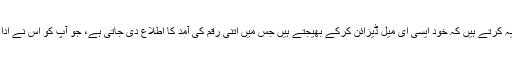
جعل ساز یہ کرتے ہیں کہ خود ایسی ای میل ڈیزائن کرکے بھیجتے ہیں جس میں اتنی رقم کی آمد کا اطلاع دی جاتی ہے، جو آپ کو اس نے ادا کرنی ہے۔